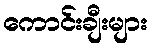
ကောင်းချီးများ